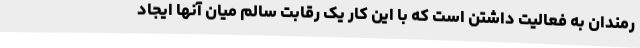
رمندان به فعالیت داشتن است که با این کار یک رقابت سالم میان آنها ایجاد